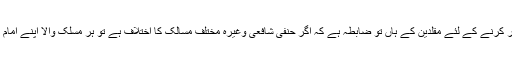
اس لئے کہ اختلافی مسائل کے حل اور عمل کے لئے کسی ایک پہلو کو اختیار کرنے کے لئے مقلدین کے ہاں تو ضابطہ ہے کہ اگر حنفی شافعی وغیرہ مختلف مسالک کا اختلاف ہے تو ہر مسلک والا اپنے امام اور اپنے مسلک کے محققین کی تحقیق پر اعتماد کرتے ہوئے عمل کرے گا ۔